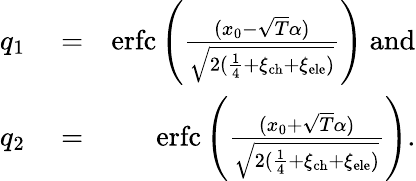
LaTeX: \begin{array}{rlr}{q_{1}}&{{}=}&{\mathrm{erfc}\left(\frac{(x_{0}-\sqrt{T}\alpha)}{\sqrt{2(\frac{1}{4}+\xi_{\mathrm{ch}}+\xi_{\mathrm{ele}})}}\right)\ \mathrm{{and}}}\\ {q_{2}}&{{}=}&{\mathrm{erfc}\left(\frac{(x_{0}+\sqrt{T}\alpha)}{\sqrt{2(\frac{1}{4}+\xi_{\mathrm{ch}}+\xi_{\mathrm{ele}})}}\right).}\end{array}